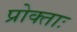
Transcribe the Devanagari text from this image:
प्रोक्ताः